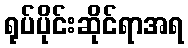
ရုပ်ပိုင်းဆိုင်ရာအရ